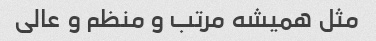
مثل همیشه مرتب و منظم و عالی